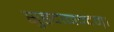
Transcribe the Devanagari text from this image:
सुहृदानन्दम्‌।